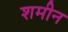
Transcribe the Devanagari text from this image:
शमीन